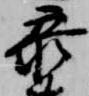
参